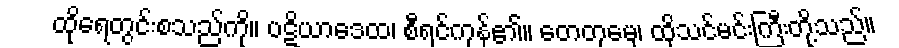
ထိုရေတွင်းစသည်ကို။ ပဋိယာဒေထ၊ စီရင်ကုန်၏။ တေတုမှေ၊ ထိုသင်မင်းကြီးတို့သည်။